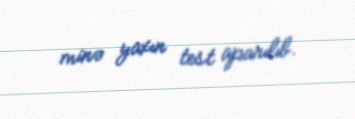
minə yaxın test aparılıb.